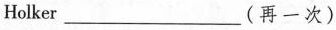
Holker___(再一次)